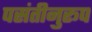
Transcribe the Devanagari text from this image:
पसंतीनुरूप